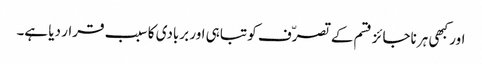
اور کبھی ہر ناجائز قسم کے تصرّف کو تباہی اور بربادی کا سبب قرار دیا ہے۔